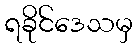
ရခိုင်ဒေသမှ